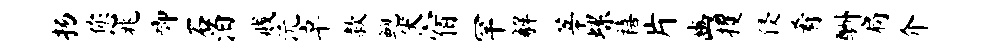
扬您兆唧石泊贱沅卓款鲍伏宿罕解莘螺禧片豳攫侵肴酬扃介